Report of the Municipal Commissioner on the plague in Bombay for the year ending 31st May... - Volume 2
Disease focus: Plague
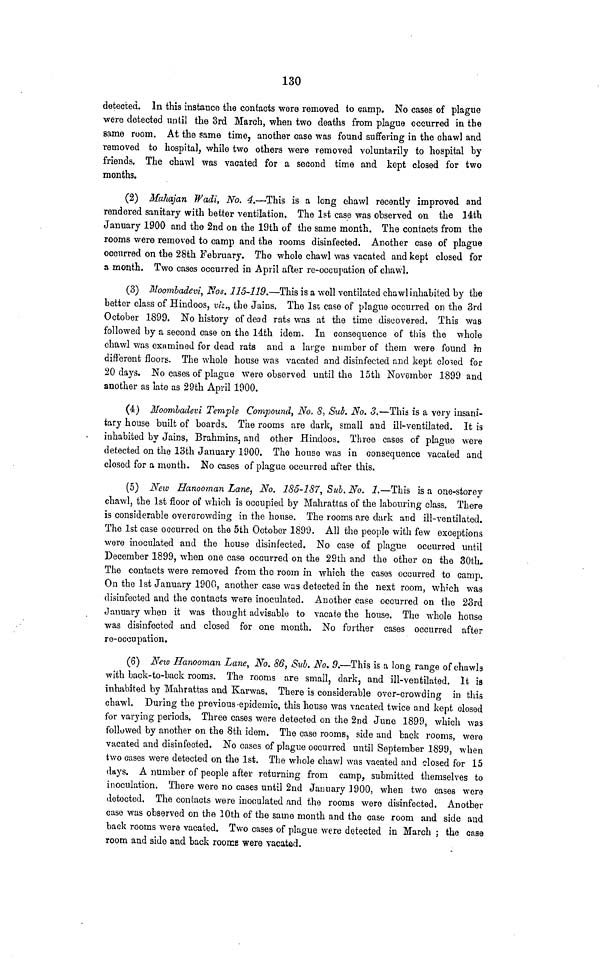
130
detected. In this instance the contacts were removed to camp. No cases of plague
were detected until the 3rd March, when two deaths from plague occurred in the
same room. At the same time, another case was found suffering in the chawl and
removed to hospital, while two others were removed voluntarily to hospital by
friends. The chawl was vacated for a second time and kept closed for two
months.
(2) Muhajan Wadi, No. 4.—This is a long chawl recently improved and
rendered sanitary with better ventilation. The 1st case was observed on the 14th
January 1900 and the 2nd on the 19th of the same month. The contacts from the
rooms were removed to camp and the rooms disinfected. Another case of plague
occurred on the 28th February. The whole chawl was vacated and kept closed for
a month. Two cases occurred in April after re-occupation of chawl.
(3) Moombadevi, Nos. 115-119.—This is a well ventilated chawl inhabited by the
better class of Hindoos, viz., the Jains. The 1st case of plague occurred on the 3rd
October 1899. No history of dead rats was at the time discovered. This was
followed by a second case on the 14th idem. In consequence of tins the whole
chawl was examined for dead rats and a large number of them were found in
different floors. The whole house was vacated and disinfected and kept closed for
20 days. No cases of plague were observed until the 15th November 1899 and
another as late as 29th April 1900.
(4) Moombadevi Temple Compound, No. 8, Sub. No. 5.—This is a very insani-
tary house built of boards. The rooms are dark, small and ill-ventilated. It is
inhabited by Jains, Brahmins, and other Hindoos. Three cases of plague were
detected on the 13th January 1900. The house was in consequence vacated and
closed for a month. No cases of plague occurred after this.
(5) New Hanooman Lane, No. 185-187, Sub. No. 1.—This is a one-storey
chawl, the 1st floor of which is occupied by Mahrattas of the labouring class. There
is considerable overcrowding in the house. The rooms are dark and ill-ventilated.
The 1st case occurred on the 5th October 1899. All the people with few exceptions
were inoculated and the house disinfected. No case of plague occurred until
December 1899, when one case occurred on the 29th and the other on the 30th.
The contacts were removed from the room in which the cases occurred to camp.
On the 1st January 1900, another case was detected in the next room, which was
disinfected and the contacts were inoculated. Another case occurred on the 23rd
January when it was thought advisable to vacate the house. The whole house
was disinfected and closed for one month. No further cases occurred after
re-occupation.
(6) New Hanooman Lane, No. 86, Sub. A 7 o. 9.—This is a long range of chawls
with back-to-back rooms. The rooms are small, dark, and ill-ventilated. It is
inhabited by Mahrattas and Karwas. There is considerable over-crowding in this
chawl. During the previous-epidemic, this house was vacated twice and kept closed
for varying periods. Three cases were detected on the 2nd June 1899, which was
followed by another on the 8th idem. The case rooms, side and back rooms, were
vacated and disinfected. No cases of plague occurred until September 1899, when
two cases were detected on the 1st. The whole chawl was vacated and closed for 15
days. A number of people after returning from camp, submitted themselves to
inoculation. There were no cases until 2nd January 1900, when two oases were
detected. The contacts were inoculated and the rooms were disinfected. Another
case was observed on the 10th of the same month and the case room and side and
back rooms were vacated. Two cases of plague were detected in March ; the case
room and side and back rooms were vacated.